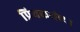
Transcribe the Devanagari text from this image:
प्रियकरांच्या